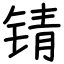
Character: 锖